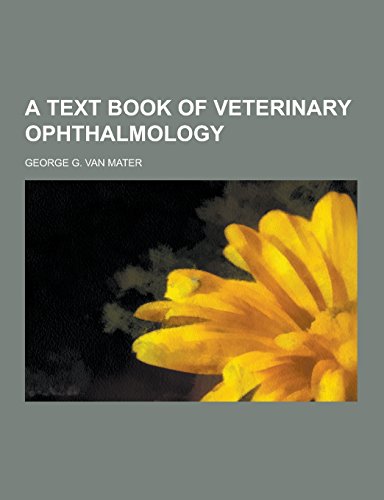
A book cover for A Text Book of Veterinary Ophthalmology; George G. Van Mater; Medical Books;